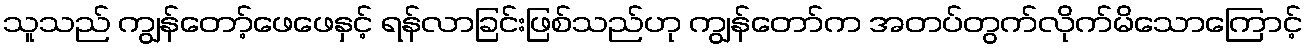
သူသည် ကျွန်တော့်ဖေဖေနှင့် ရန်လာခြင်းဖြစ်သည်ဟု ကျွန်တော်က အတပ်တွက်လိုက်မိသောကြောင့်